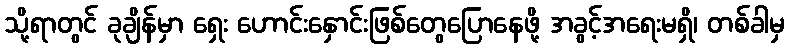
သို့ရာတွင် ခုချိန်မှာ ရှေး ဟောင်းနှောင်းဖြစ်တွေပြောနေဖို့ အခွင့်အရေးမရှိ၊ တစ်ခါမှ